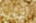
لتربية